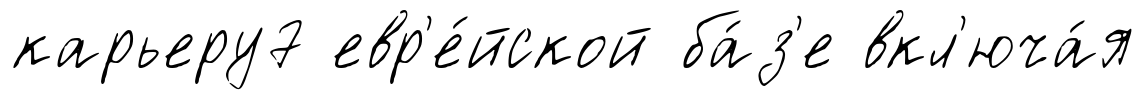
карьеру7 евр'е́йской ба́з'е вкл'юча́я